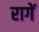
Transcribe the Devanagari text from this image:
रागें